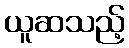
ယူဆသည့်